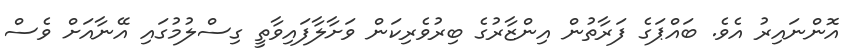
އޮންނައިރު އެވެ. ބައްޕަގެ ފަރާތުން އިންޒާރުގެ ބިރުވެރިކަން ވަށާލާފައިވާތީ ގިސްލުމުގައި އޭނާއަށް ވެސް